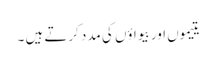
یتیموں اور بیواؤں کی مدد کرتے ہیں ۔